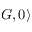
| G , 0 \rangle